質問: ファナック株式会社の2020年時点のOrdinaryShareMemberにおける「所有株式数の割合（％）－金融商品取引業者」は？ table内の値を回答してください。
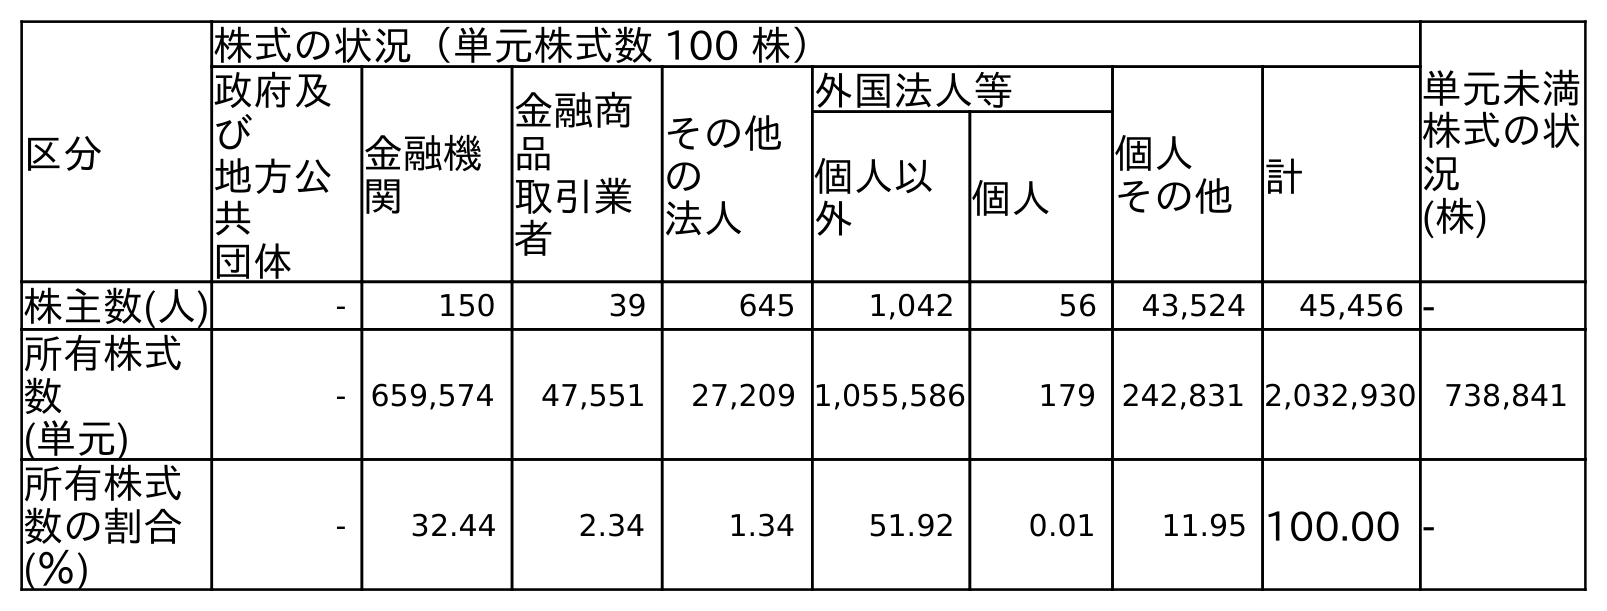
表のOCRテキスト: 区分 株式の状況（単元株式数 100 株） 単元未満 株式の状 況 (株) 政府及 び 地方公 共 団体 金融機 関 金融商 品 取引業 者 その他 の 法人 外国法人等 個人 その他計 個人以 外 個人 株主数(人) - 150 39 645 1,042 56 43,524 45,456 - 所有株式 数 (単元) - 659,574 47,551 27,209 1,055,586 179 242,831 2,032,930 738,841 所有株式 数の割合 (％) - 32.44 2.34 1.34 51.92 0.01 11.95 100.00 -
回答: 2.34